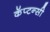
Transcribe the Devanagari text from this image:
कॅप्टन्सी